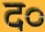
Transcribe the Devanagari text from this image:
द०